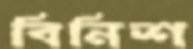
বিনিশ